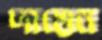
দায়েন